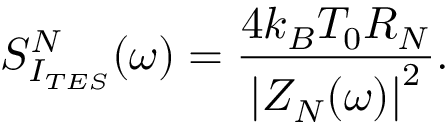
S _ { I _ { T E S } } ^ { N } ( \omega ) = \frac { 4 k _ { B } T _ { 0 } R _ { N } } { \left| Z _ { N } ( \omega ) \right| ^ { 2 } } .